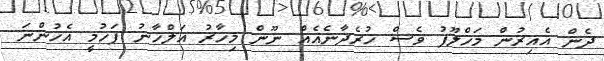
ދެން އެއިރުން މަޚްލޫފު ވެސް ހުރެދާނެއެެއް ނޫން މިހާރު އަލްހާނު ފަހުމީ އެހުންނަ